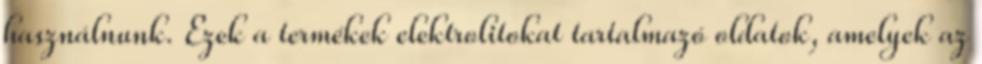
használnunk. Ezek a termékek elektrolitokat tartalmazó oldatok, amelyek az